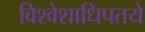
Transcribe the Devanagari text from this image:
विश्वेशाधिपतये